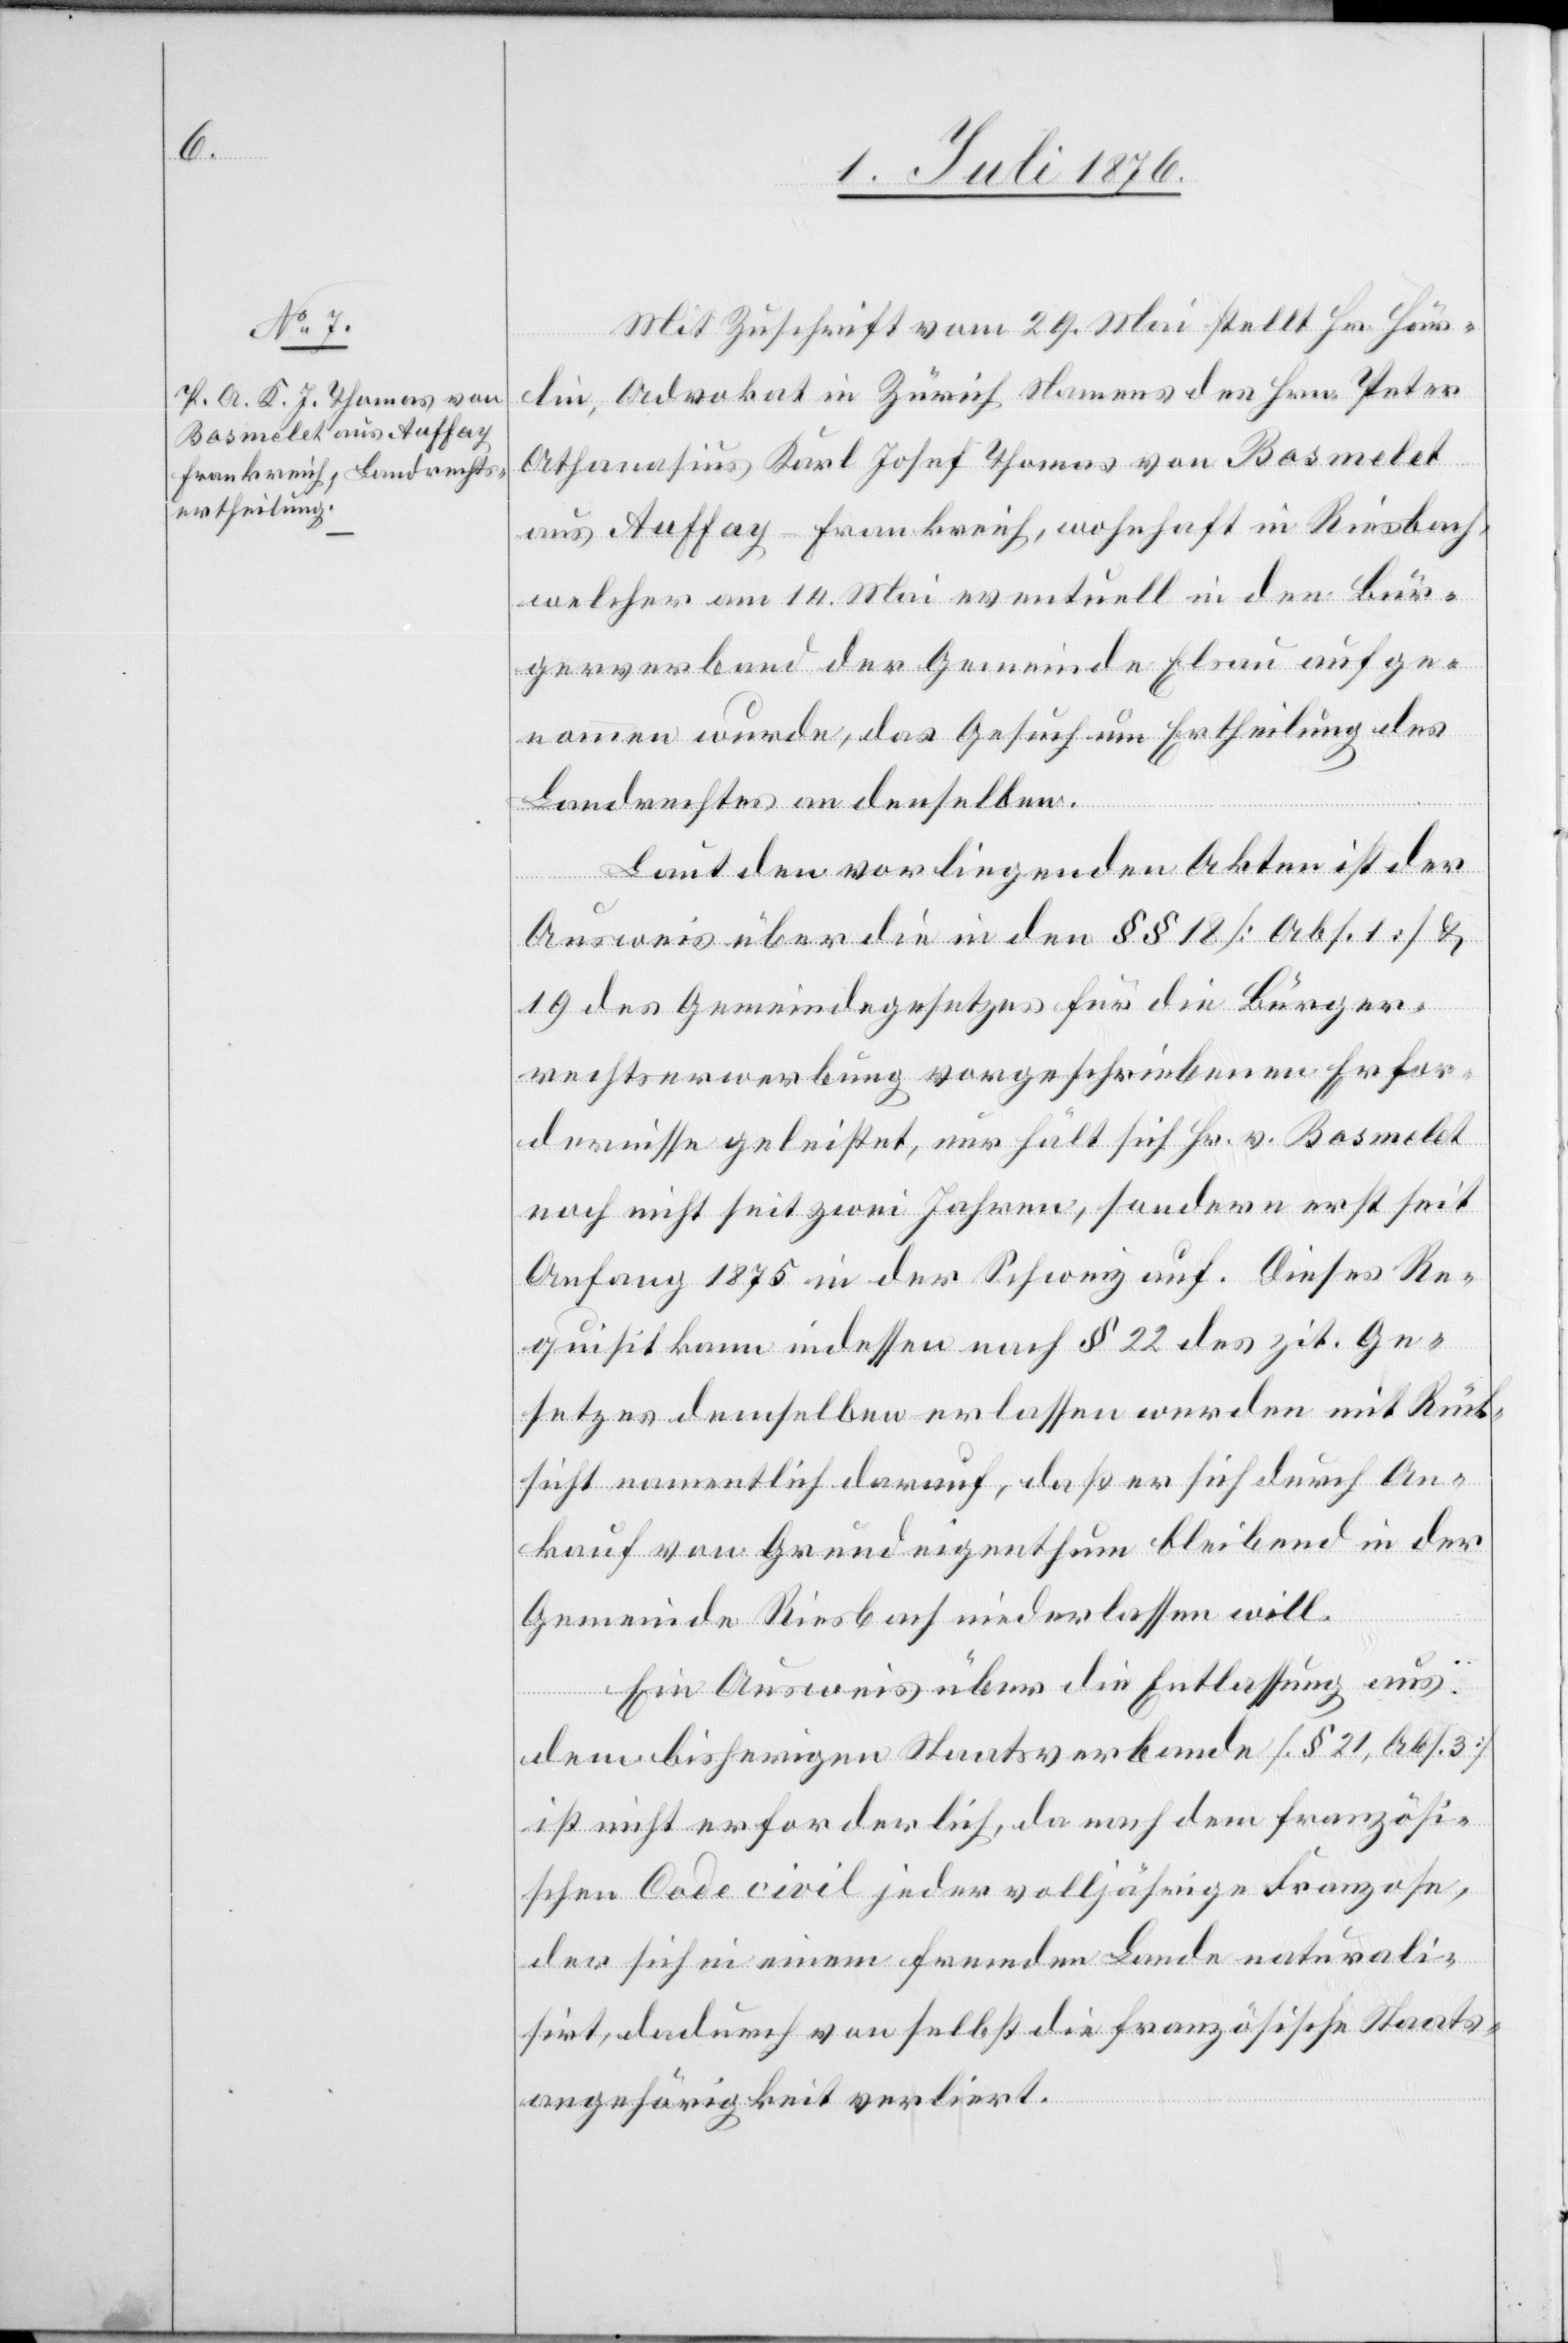
Mit Zuschrift vom 29. Mai stellt Hr. Här¬
lin, Advokat in Zürich Namens des Hrn. Peter
Athanasius Karl Josef Thomas von Bosmelet
aus Auffay - Frankreich, wohnhaft in Riesbach,
welcher am 14. Mai eventuell in den Bür¬
gerverband der Gemeinde Elsau aufge¬
nommen wurde, das Gesuch um Ertheilung des
Landrechtes an denselben.
Laut den vorliegenden Akten ist der
Ausweis über die in den §§ 18 [Abs. 1] &
19 des Gemeindegesetzes für die Bürger¬
rechtserwerbung vorgeschriebenen Erfor¬
dernisse geleistet, nur hält sich Hr. v. Bosmelet
noch nicht seit zwei Jahren, sondern erst seit
Anfang 1875 in der Schweiz auf. Dieses Re¬
quisit kann indessen nach § 22 des zit. Ge¬
setzes demselben erlassen werden mit Rück¬
sicht namentlich darauf, daß er sich durch An¬
kauf von Grundeigenthum bleibend in der
Gemeinde Riesbach niederlassen will.
Ein Ausweis über die Entlassung aus
dem bisherigen Staatsverbande [§ 21, Abs. 3]
ist nicht erforderlich, da nach dem französi¬
schen Code civil jeder volljährige Franzose,
der sich in einem fremden Lande naturali¬
sirt, dadurch von selbst die französische Staats¬
angehörigkeit verliert.